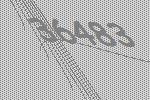
36483